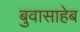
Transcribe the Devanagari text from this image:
बुवासाहेब